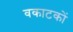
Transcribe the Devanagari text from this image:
वकाटकों